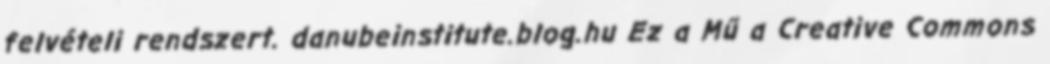
felvételi rendszert. danubeinstitute.blog.hu Ez a Mű a Creative Commons